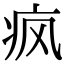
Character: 疯